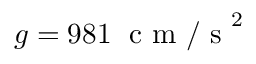
g = 9 8 1 \; \mathrm { ~ c ~ m ~ / ~ s ~ } ^ { 2 }